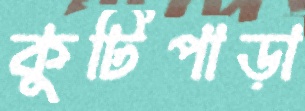
কুটিপাড়া